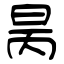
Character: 昺